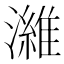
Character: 濰